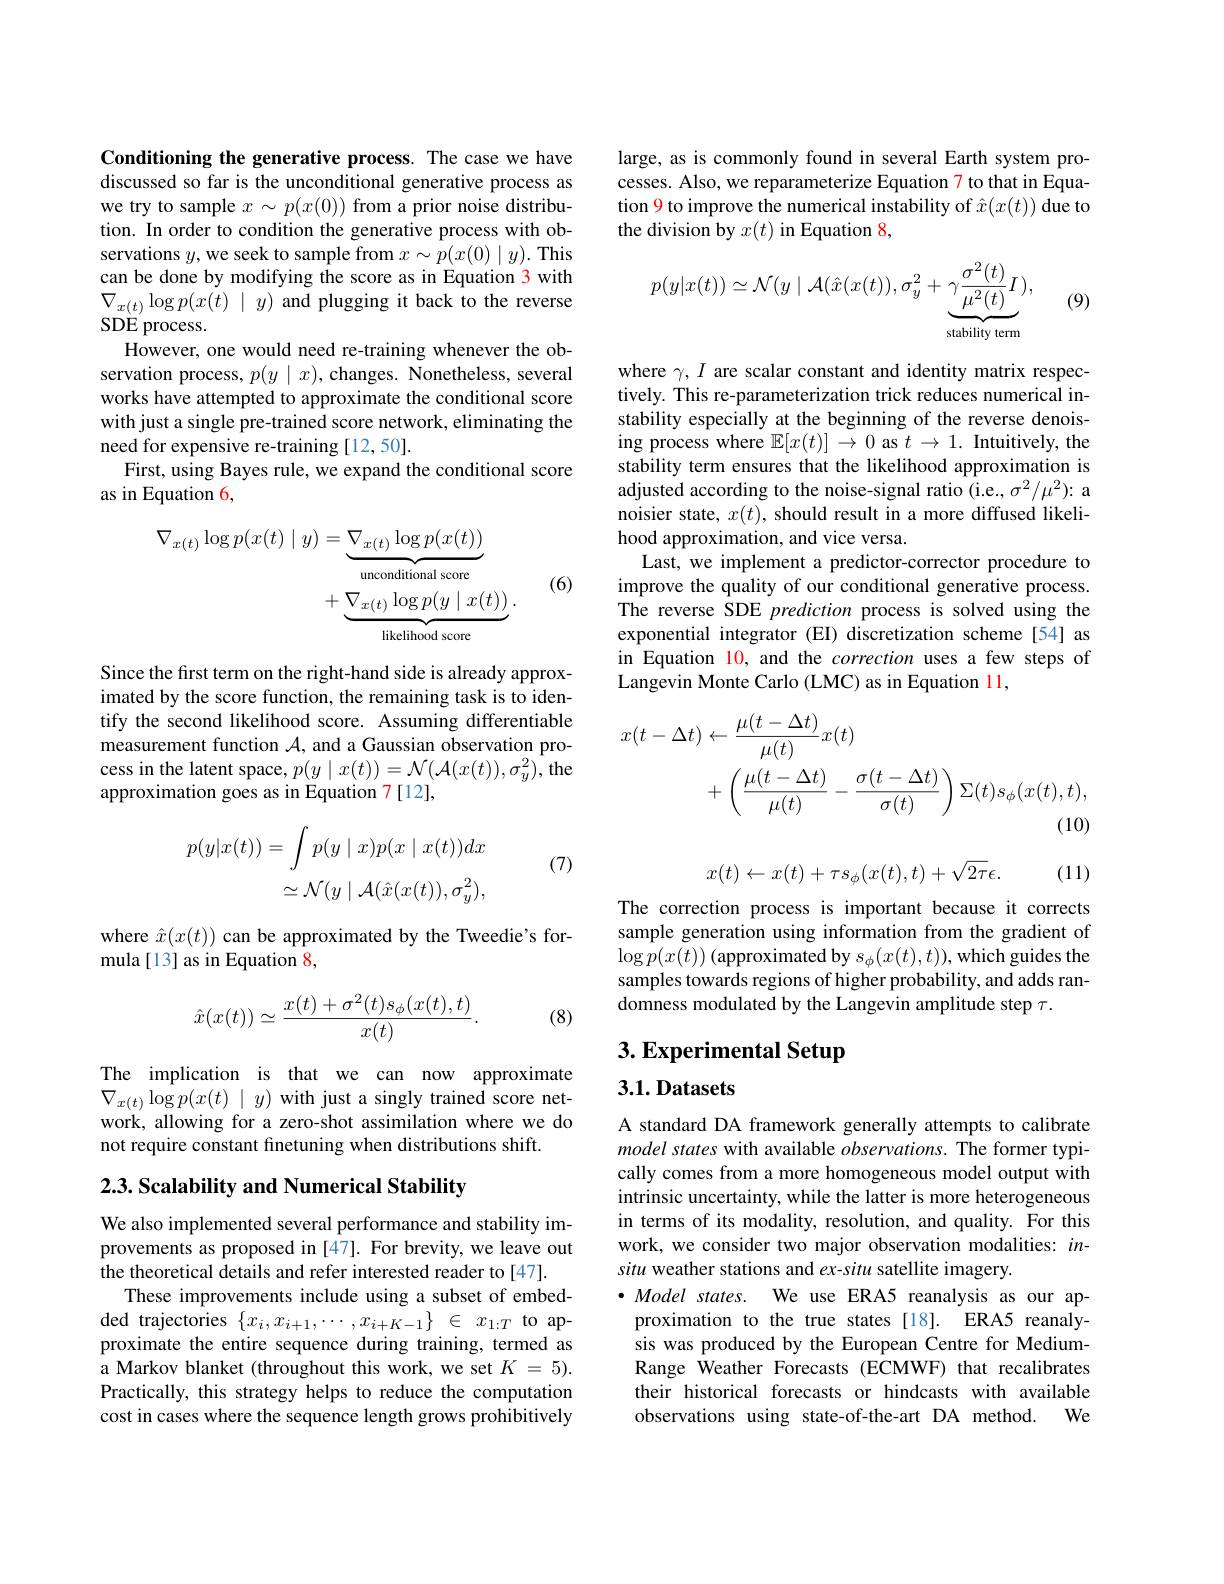
Conditioning the generative process. The case we discussed so far is the unconditional generative we try to sample $x\sim p(x(0))$ from a prior noise tion. In order to condition the generative proce servations $y$,we seek to sample from $x\sim p(x(0)\mid$ can be done by modifying the score as in Equatio $\nabla_{x(t)}\log p(x(t)\mid y)$ and plugging it back to the SDE process.
However, one would need re-training whenever the servation process, $p(y\mid x)$, changes. Nonetheles works have attempted to approximate the conditional score with just a single pre-trained score network, el need for expensive re-training [12,50].
First, using Bayes rule, we expand the condition
as in Equation 6,

(6)
$$\begin{aligned}\nabla_{x(t)}\log p(x(t)\mid y)&=\underbrace{\nabla_{x(t)}\log p(x(t))}_{\text{unconditional score}}\\&+\underbrace{\nabla_{x(t)}\log p(y\mid x(t))}_{\text{likelihood score}}.\end{aligned}$$
Since the first term on the right-hand side is a imated by the score function, the remaining task tify the second likelihood score. Assuming diffe measurement function $\mathcal{A}$, and a Gaussian obse cess in the latent space, $p(y\mid x(t))=\mathcal{N}(\mathcal{A}(x(t)),\sigma_{y}^{2})$, the approximation goes as in Equation 7[12],
$$\begin{aligned}p(y|x(t))&=\int p(y\mid x)p(x\mid x(t))dx\\&\simeq\mathcal{N}(y\mid\mathcal{A}(\hat{x}(x(t)),\sigma_y^2),\end{aligned}$$
(7)

where $\hat{x}(x(t))$ can be approximated by the Tw
mula [13] as in Equation 8,
$$\hat{x}(x(t))\simeq\frac{x(t)+\sigma^2(t)s_\phi(x(t),t)}{x(t)}.$$
(8)

The implication is that we can now approximate $\nabla_{x(t)}\log p(x(t)\mid y)$ with just a singly trained score network, allowing for a zero-shot assimilation wher not require constant finetuning when distributio

## 2.3. Scalability and Numerical Stability

We also implemented several performance and stability improvements as proposed in [47]. For brevity, we the theoretical details and refer interested rea
These improvements include using a subset of embedded trajectories $\{x_{i},x_{i+1},\cdots,x_{i+K-1}\}$ proximate the entire sequence during training, t a Markov blanket (throughout this work, we set Practically, this strategy helps to reduce the c cost in cases where the sequence length grows pr

large, as is commonly found in several Earth sys cesses. Also, we reparameterize Equation 7 to th tion 9 to improve the numerical instability of the division by $x(t)$ in Equation 8,
$$p(y|x(t))\simeq\mathcal{N}(y\mid\mathcal{A}(\hat{x}(x(t)),\sigma_y^2+\underbrace{\gamma\frac{\sigma^2(t)}{\mu^2(t)}I}_{\text{stability term}}),$$
(9)

where $\gamma,I$ are scalar constant and identity mat tively. This re-parameterization trick reduces n stability especially at the beginning of the rev ing process where $\mathbb{E} [ x( t) ] \tilde {\rightarrow 0\text{ as }t}\rightarrow 1.$ Intuitively, the stability term ensures that the likelihood approximation is adjusted according to the noise-signal ratio (i. noisier state, $x(t)$, should result in a more d hood approximation, and vice versa.
Last, we implement a predictor-corrector procedu improve the quality of our conditional generativ The reverse SDE prediction process is solved usi exponential integrator (EI) discretization schem in Equation 10, and the correction uses a few st Langevin Monte Carlo (LMC) as in Equation 11,
$$\begin{aligned}x(t-\Delta t)&\leftarrow\frac{\mu(t-\Delta t)}{\mu(t)}x(t)\\&+\left(\frac{\mu(t-\Delta t)}{\mu(t)}-\frac{\sigma(t-\Delta t)}{\sigma(t)}\right)\Sigma(t)s_{\phi}(x(t),t),\\&(10)\end{aligned}$$
$$x(t)\leftarrow x(t)+\tau s_{\phi}(x(t),t)+\sqrt{2\tau}\epsilon.$$
(11)

The correction process is important because it c sample generation using information from the gra $\log p(x(t))\left(\text{approximatedby }s_{\phi}(x(t),t)\right)$,which guides the samples towards regions of higher probability, a domness modulated by the Langevin amplitude step

# 3. Experimental Setup

3.1. Datasets

A standard DA framework generally attempts to ca model states with available $observations.$ The former typically comes from a more homogeneous model output intrinsic uncertainty, while the latter is more in terms of its modality, resolution, and qualit work, we consider two major observation modaliti situ weather stations and ex-situ satellite imag
$\bullet Model$ states. We use ERA5 reanalysis as our a
proximation to the true states [18]. ERA5 reanal sis was produced by the European Centre for MediumRange Weather Forecasts (ECMWF) that recalibrate their historical forecasts or hindcasts with ava
$We$
observations using state-of-the-art DA method.